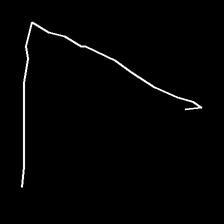
Glyph: region